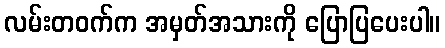
လမ်းတဝက်က အမှတ်အသားကို ပြောပြပေးပါ။